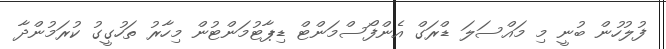
ފުލުހުން ބުނީ މި މައްސަލަ ޑްރަގް އެންފޯސްމަންޓް ޑިޕާޓުމަންޓުން މިހާރު ތަހުގީގު ކުރަމުންދާ